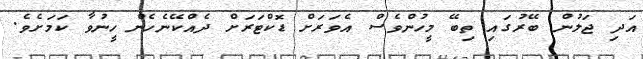
އަދި ޖަލުން ބޭރުގައި ތިބޭ މީހުންވެސް އެވަރަށް ޑޮކްޓަރަށް ދެއްކޭނެހެން ހީނުވާ ކަމަށެވެ.